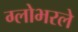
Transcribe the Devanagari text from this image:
ग्लोभरले